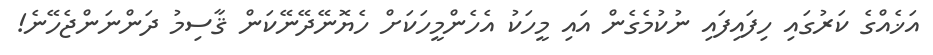
އަޚެއްގެ ކަރުގައި ހިފައިފައި ނުކުމެގެން އައި މީހަކު އެހެންމީހަކަށް ހެޔޮނޭދޭނޭކަން ޤާސިމު ދަންނަންޖެހޭނެ!